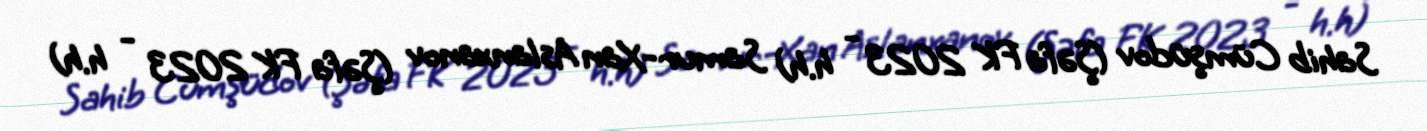
Sahib Cümşüdov (Şəfa FK 2023 - h.h) Samur-Xan Aslanxanov (Şəfa FK 2023 - h.h)